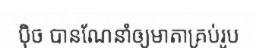
ប៉ិច បានណែនាំឲ្យមាតាគ្រប់រូប